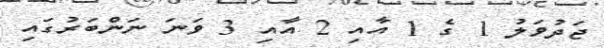
ޖަދުވަލު 1 ގެ 1 އާއި 2 އާއި 3 ވަނަ ނަންބަރުގައި